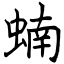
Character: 蝻